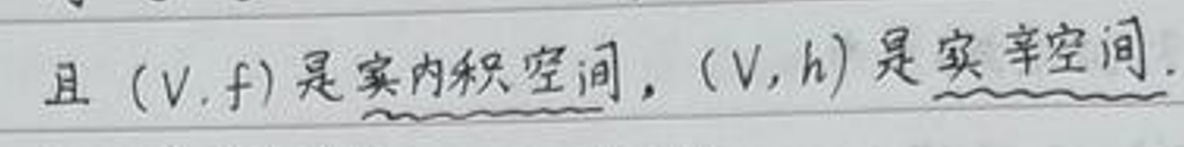
且 $(V, f)$ 是实内积空间，$(V, h)$ 是实辛空间.